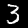
Digit: 3